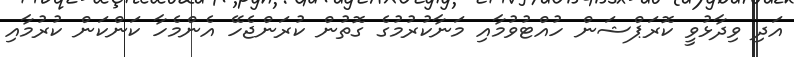
އަދި ވިދާޅުވީ ކޮރަޕްޝަން ހުއްޓުވުމާއި މަނާކުރުމުގެ ގޮތުން ކުރަންޖެހޭ އެންމެހާ ކަންކަން ކުރުމާއި